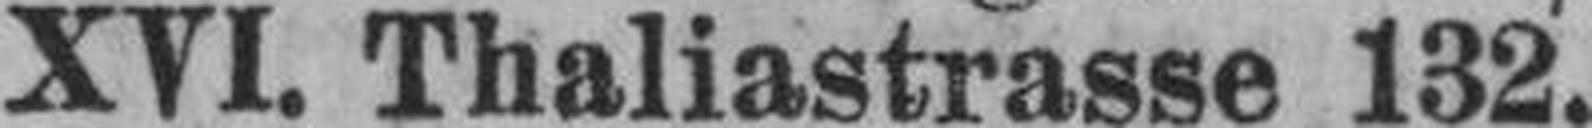
XVI. Thaliastrasse 132.